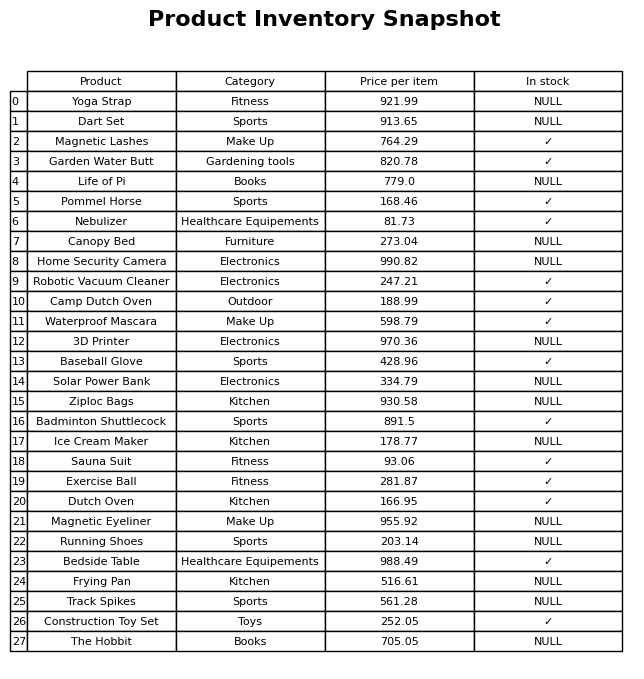
question: What is the price of the Baseball Glove?
answer: The price of Baseball Glove is 428.96.